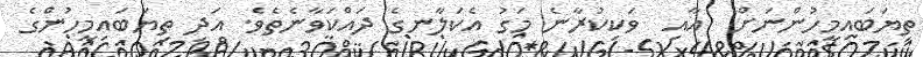
ތިޔަބައިމީހުންނަށް  އާއި  ވަކިކުރާނެ މަގު އެކަލާނގެ ދައްކަވާނެތެވެ. އަދި ތިޔަބައިމީހުންގެ